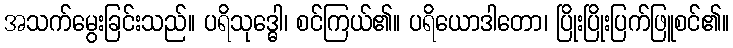
အသက်မွေးခြင်းသည်။ ပရိသုဒ္ဓေါ၊ စင်ကြယ်၏။ ပရိယောဒါတော၊ ပြိုးပြိုးပြက်ဖြူစင်၏။